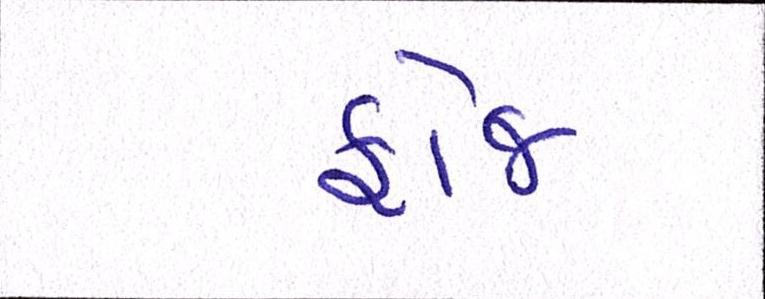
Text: ફોજ